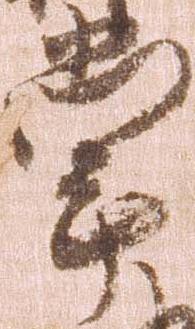
掌